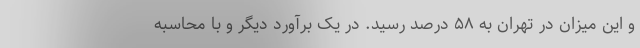
و این میزان در تهران به ۵۸ درصد رسید. در یک برآورد دیگر و با محاسبه